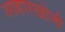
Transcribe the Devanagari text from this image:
आहारखोजी